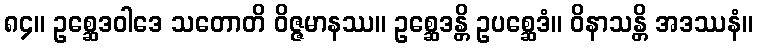
၈၄။ ဥစ္ဆေဒဝါဒေ သတောတိ ဝိဇ္ဇမာနဿ။ ဥစ္ဆေဒန္တိ ဥပစ္ဆေဒံ။ ဝိနာသန္တိ အဒဿနံ။